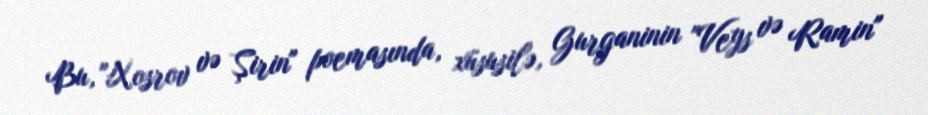
Bu, "Xosrov və Şirin" poemasında, xüsusilə, Gurganinin "Veys və Ramin"